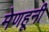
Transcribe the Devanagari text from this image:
मेणहूनी